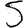
Digit: 5